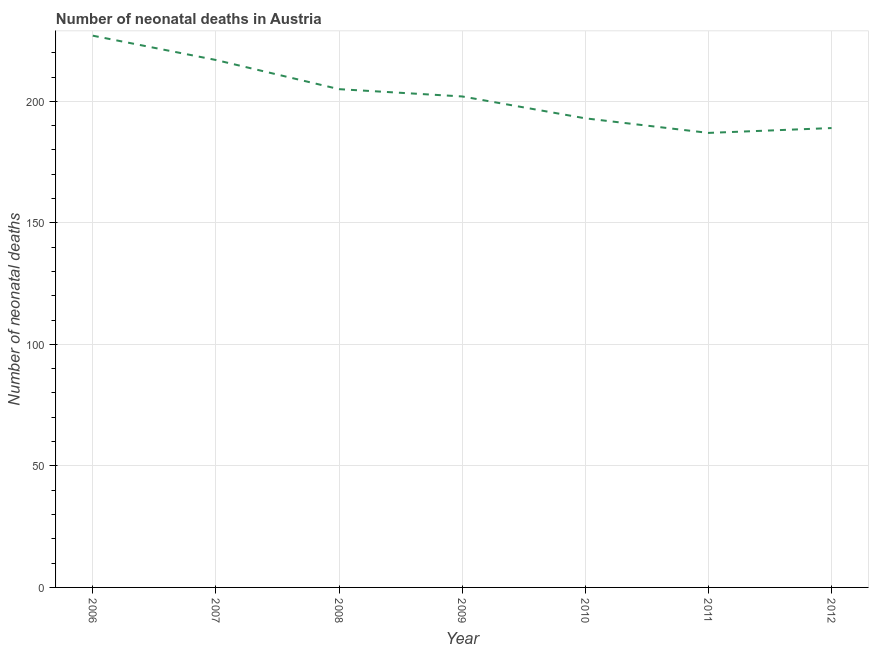
| Year | Neonatal deaths |
 | --- | --- |
 | 2006 | 227 |
 | 2007 | 217 |
 | 2008 | 205 |
 | 2009 | 202 |
 | 2010 | 193 |
 | 2011 | 187 |
 | 2012 | 189 |